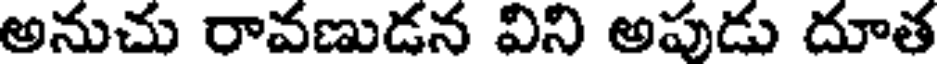
అనుచు రావణుడన విని అపుడు దూత